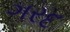
ગરદ